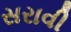
સરાવી